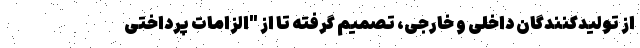
از تولیدکنندگان داخلی و خارجی، تصمیم گرفته تا از "الزامات پرداختی